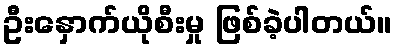
ဦးနှောက်ယိုစီးမှု ဖြစ်ခဲ့ပါတယ်။